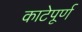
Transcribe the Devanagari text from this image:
काटेपूर्ण